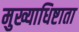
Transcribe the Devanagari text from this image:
मुख्याधिष्टाता